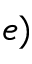
e )